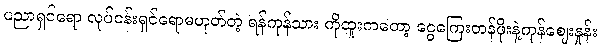
ပညာရှင်ရော လုပ်ငန်းရှင်ရောမဟုတ်တဲ့ ရန်ကုန်သား ကိုထူးကတော့ ငွေကြေးတန်ဖိုးနဲ့ကုန်ဈေးနှုန်း